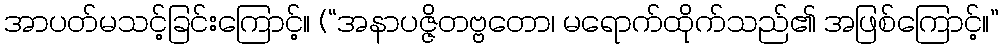
အာပတ်မသင့်ခြင်းကြောင့်။ (“အနာပဇ္ဇိတဗ္ဗတော၊ မရောက်ထိုက်သည်၏ အဖြစ်ကြောင့်။”